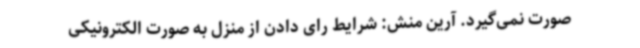
صورت نمی‌گیرد. آرین منش: شرایط رای دادن از منزل به صورت الکترونیکی